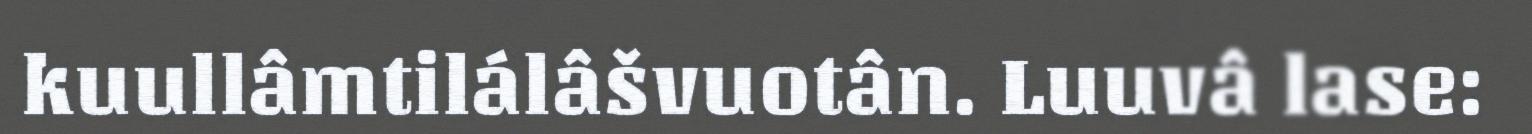
kuullâmtilálâšvuotân. Luuvâ lase: